Civil Veterinary Dept. Bombay admin report 1932-41 - 1932-1941
Year: 1932
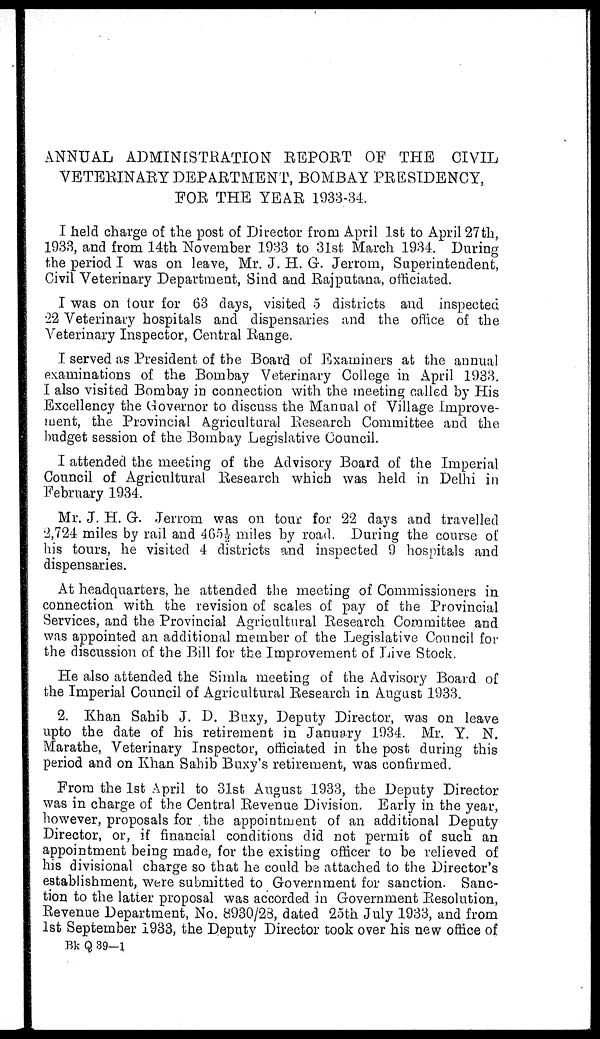
ANNUAL ADMINISTRATION REPORT OF THE CIVIL
VETERINARY DEPARTMENT, BOMBAY PRESIDENCY,
FOR THE YEAR 1933-34.
I held charge of the post of Director from April 1st to April 27th,
1933, and from 14th November 1933 to 31st March 1934. During
the period I was on leave, Mr. J. H. G. Jerrom, Superintendent,
Civil Veterinary Department, Sind and Rajputana, officiated.
I was on tour for 63 days, visited 5 districts and inspected
22 Veterinary hospitals and dispensaries and the office of the
Veterinary Inspector, Central Range.
I served as President of the Board of Examiners at the annual
examinations of the Bombay Veterinary College in April 1933.
I also visited Bombay in connection with the meeting called by His
Excellency the Governor to discuss the Manual of Village Improve-
ment, the Provincial Agricultural Research Committee and the
budget session of the Bombay Legislative Council.
I attended the meeting of the Advisory Board of the Imperial
Council of Agricultural Research which was held in Delhi in
February 1934.
Mr. J. H. G. Jerrom was on tour for 22 days and travelled
2,724 miles by rail and 465½ miles by road. During the course of
his tours, he visited 4 districts and inspected 9 hospitals and
dispensaries.
At headquarters, he attended the meeting of Commissioners in
connection with the revision of scales of pay of the Provincial
Services, and the Provincial Agricultural Research Committee and
was appointed an additional member of the Legislative Council for
the discussion of the Bill for the Improvement of Live Stock.
He also attended the Simla meeting of the Advisory Board of
the Imperial Council of Agricultural Research in August 1933.
2. Khan Sahib J. D. Buxy, Deputy Director, was on leave
upto the date of his retirement in January 1934. Mr. Y. N.
Marathe, Veterinary Inspector, officiated in the post during this
period and on Khan Sahib Buxy's retirement, was confirmed.
From the 1st April to 31st August 1933, the Deputy Director
was in charge of the Central Revenue Division. Early in the year,
however, proposals for the appointment of an additional Deputy
Director, or, if financial conditions did not permit of such an
appointment being made, for the existing officer to be relieved of
his divisional charge so that he could be attached to the Director's
establishment, were submitted to Government for sanction. Sanc-
tion to the latter proposal was accorded in Government Resolution,
Revenue Department, No. 8930/28, dated 25th July 1933, and from
1st September 1933, the Deputy Director took over his new office of
Bk Q 39-1